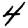
Digit: 4